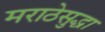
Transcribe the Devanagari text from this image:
मराठेसुद्धा